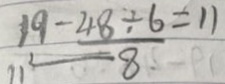
1 9 - \frac { 4 8 \div 6 } { 8 } = 1 1